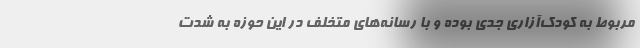
مربوط به کودک‌آزاری جدی بوده و با رسانه‌های متخلف در این حوزه به شدت